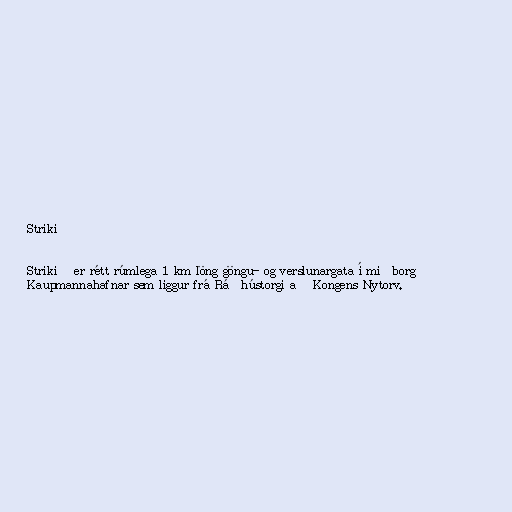
Strikið

Strikið er rétt rúmlega 1 km löng göngu- og verslunargata í miðborg
Kaupmannahafnar sem liggur frá Ráðhústorgi að Kongens Nytorv.